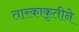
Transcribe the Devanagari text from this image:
तारकाकृतीने